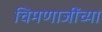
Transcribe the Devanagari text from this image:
चिमणाजींच्या